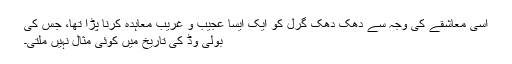
اسی معاشقے کی وجہ سے دھک دھک گرل کو ایک ایسا عجیب و غریب معاہدہ کرنا پڑا تھا، جس کی
بولی وڈ کی تاریخ میں کوئی مثال نہیں ملتی۔